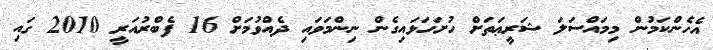
އެހެންކަމުން މިމައްސަލަ ޝަރީޢަތަށް ހުށަހަޅައިގެން ނިންމަވައި ދެއްވުމަށް 16 ފެބްރުއަރީ 2010 ގައި